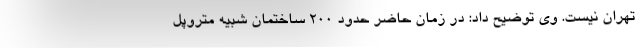
تهران نیست. وی توضیح داد: در زمان حاضر حدود 200 ساختمان شبیه متروپل